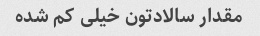
مقدار سالادتون خیلی کم شده